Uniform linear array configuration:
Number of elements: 24
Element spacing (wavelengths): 0.75
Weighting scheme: kaiser
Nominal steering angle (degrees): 45
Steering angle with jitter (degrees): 44.228
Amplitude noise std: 0.05
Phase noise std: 0.05

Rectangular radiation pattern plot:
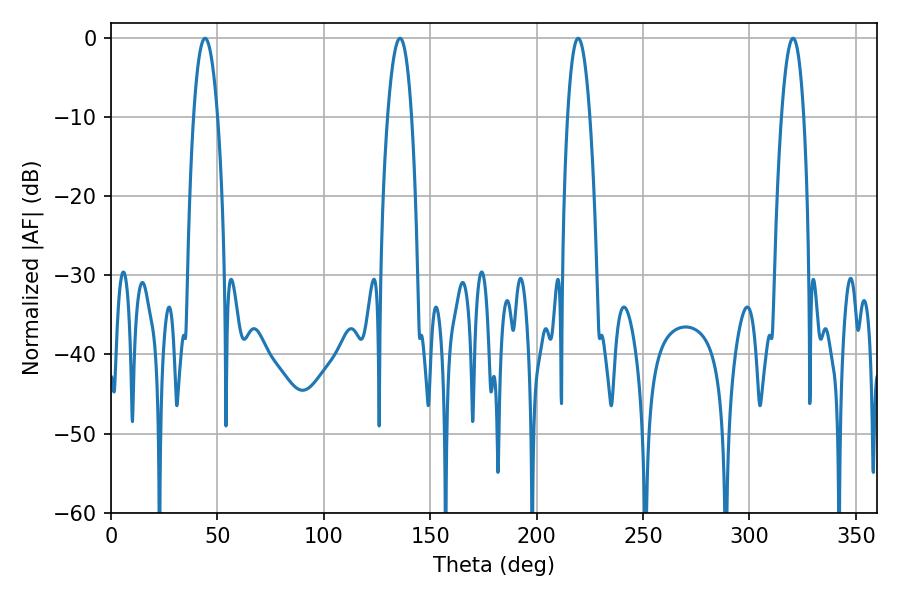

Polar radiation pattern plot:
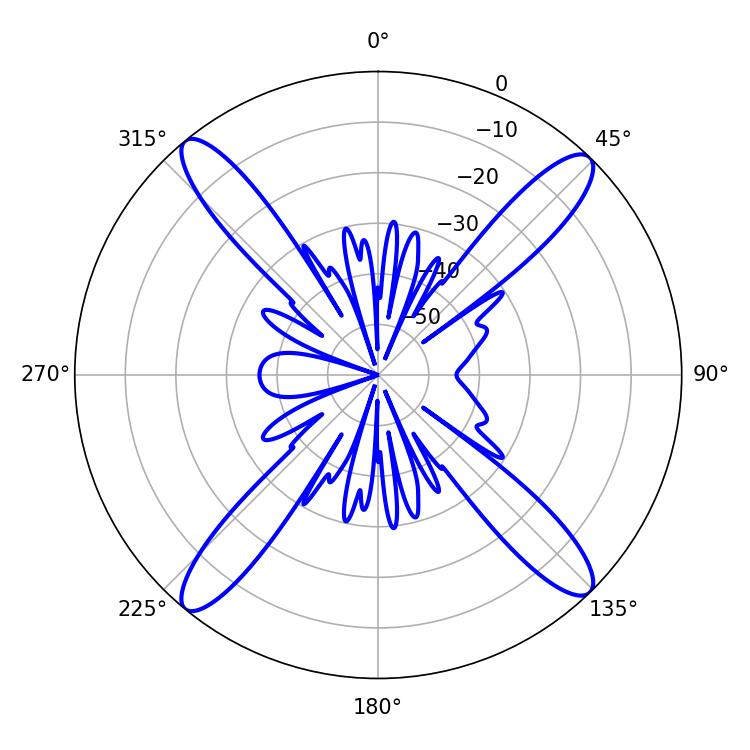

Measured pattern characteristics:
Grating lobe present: TRUE
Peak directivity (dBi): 19.065
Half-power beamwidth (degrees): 6.12
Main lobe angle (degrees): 44.28